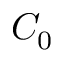
C _ { 0 }